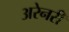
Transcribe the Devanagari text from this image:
अरेनरी